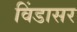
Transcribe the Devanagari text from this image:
विंडासर